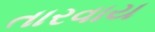
તારવાય